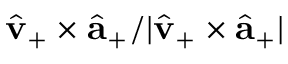
\hat { \mathbf { v } } _ { + } \times \hat { { \mathbf a } } _ { + } / | \hat { \mathbf { v } } _ { + } \times \hat { { \mathbf a } } _ { + } |